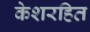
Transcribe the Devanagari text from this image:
केशरहित